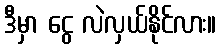
ဒီမှာ ငွေ လဲလှယ်နိုင်လား။